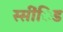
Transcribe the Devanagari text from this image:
स्सींिड